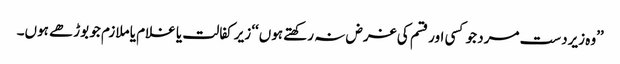
’’وہ زیردست مرد جو کسی اور قسم کی غرض نہ رکھتے ہوں‘‘ زیر کفالت یا غلام یا ملازم جو بوڑھے ہوں۔